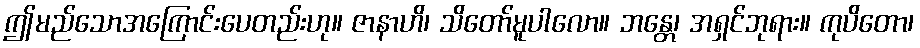
ဤမည်သောအကြောင်းပေတည်းဟု။ ဇာနာဟိ၊ သိတော်မူပါလော။ ဘန္တေ၊ အရှင်ဘုရား။ ကုပိတော၊